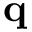
{ \mathbf { q } }